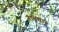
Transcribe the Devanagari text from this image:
नामचार